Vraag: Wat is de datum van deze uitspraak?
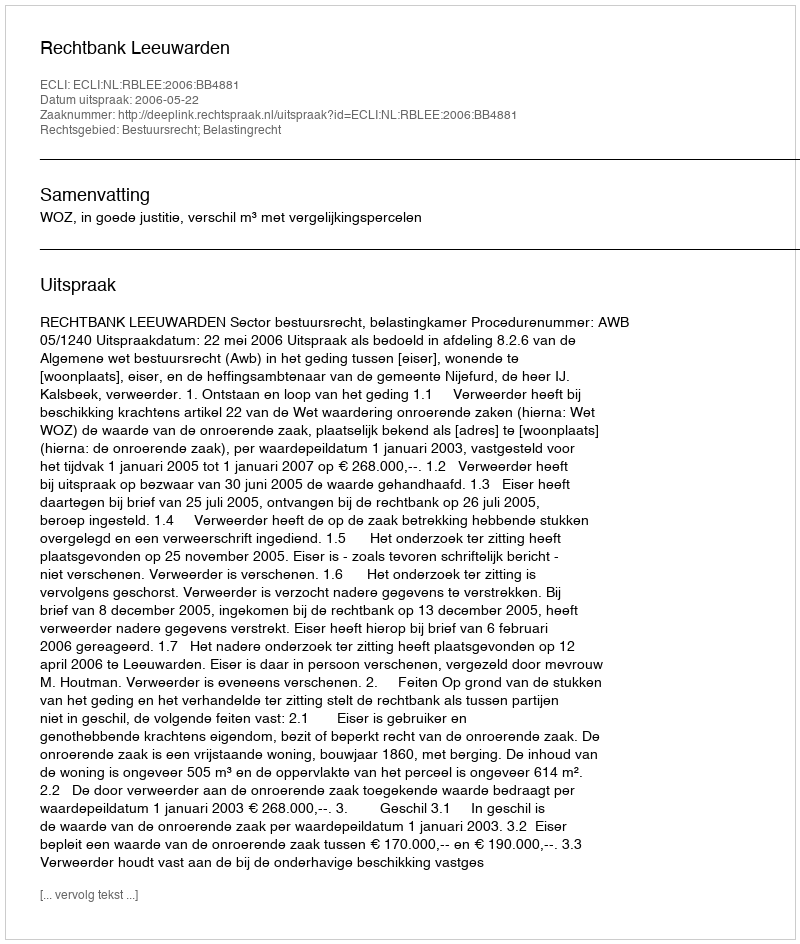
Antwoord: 2006-05-22